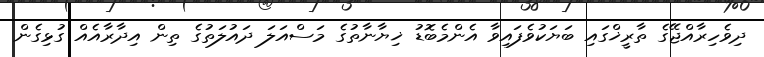
ދިވެހިރާއްޖޭގެ ތާރީޚްގައި ބަޔަކުވެފައިވާ އެންމެބޮޑު ޚިޔާނާތުގެ މަސްއަލަ ދައުލަތުގެ ތިން އިދާރާއެއް ގުޅިގެން